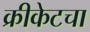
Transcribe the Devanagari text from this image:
क्रीकेटचा